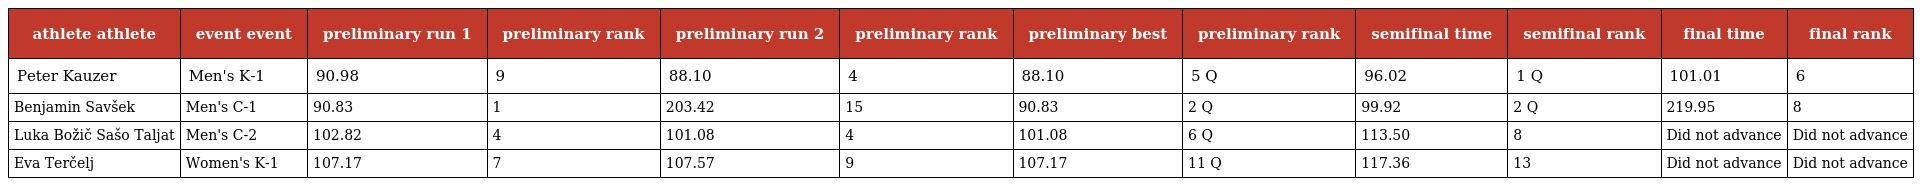
| athlete athlete | event event | preliminary run 1 | preliminary rank | preliminary run 2 | preliminary rank | preliminary best | preliminary rank | semifinal time | semifinal rank | final time | final rank |
 | --- | --- | --- | --- | --- | --- | --- | --- | --- | --- | --- | --- |
 | Peter Kauzer | Men's K-1 | 90.98 | 9 | 88.10 | 4 | 88.10 | 5 Q | 96.02 | 1 Q | 101.01 | 6 |
 | Benjamin Savšek | Men's C-1 | 90.83 | 1 | 203.42 | 15 | 90.83 | 2 Q | 99.92 | 2 Q | 219.95 | 8 |
 | Luka Božič Sašo Taljat | Men's C-2 | 102.82 | 4 | 101.08 | 4 | 101.08 | 6 Q | 113.50 | 8 | Did not advance | Did not advance |
 | Eva Terčelj | Women's K-1 | 107.17 | 7 | 107.57 | 9 | 107.17 | 11 Q | 117.36 | 13 | Did not advance | Did not advance |